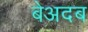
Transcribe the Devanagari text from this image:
बेअदब